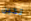
تحين